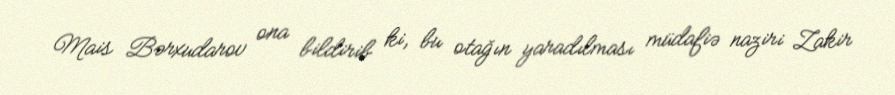
Mais Bərxudarov ona bildirib ki, bu otağın yaradılması müdafiə naziri Zakir